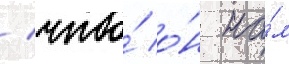
/ что́ о́н на́м